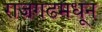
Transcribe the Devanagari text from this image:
राजगढमधून